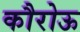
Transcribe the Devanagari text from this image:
कौरोऊ